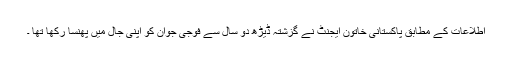
اطلاعات کے مطابق پاکستانی خاتون ایجنٹ نے گزشتہ ڈیڑھ دو سال سے فوجی جوان کو اپنی جال میں پھنسا رکھا تھا ۔